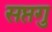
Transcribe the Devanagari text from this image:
सप्तगु